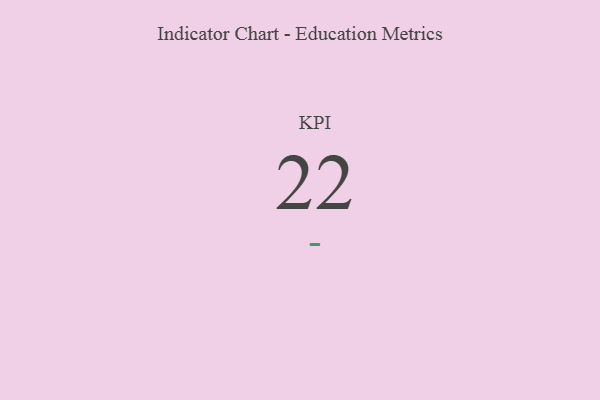
{"axis": {"x": "KPI", "y": "Value"}, "legend": [""], "data": [{"x": "KPI", "y": 22, "type": ""}]}